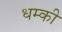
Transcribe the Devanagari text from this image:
धम्की